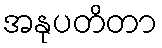
အနုပတိတာ